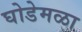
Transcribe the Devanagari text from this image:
घोडेमळा